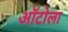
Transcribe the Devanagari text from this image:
ऑटोला